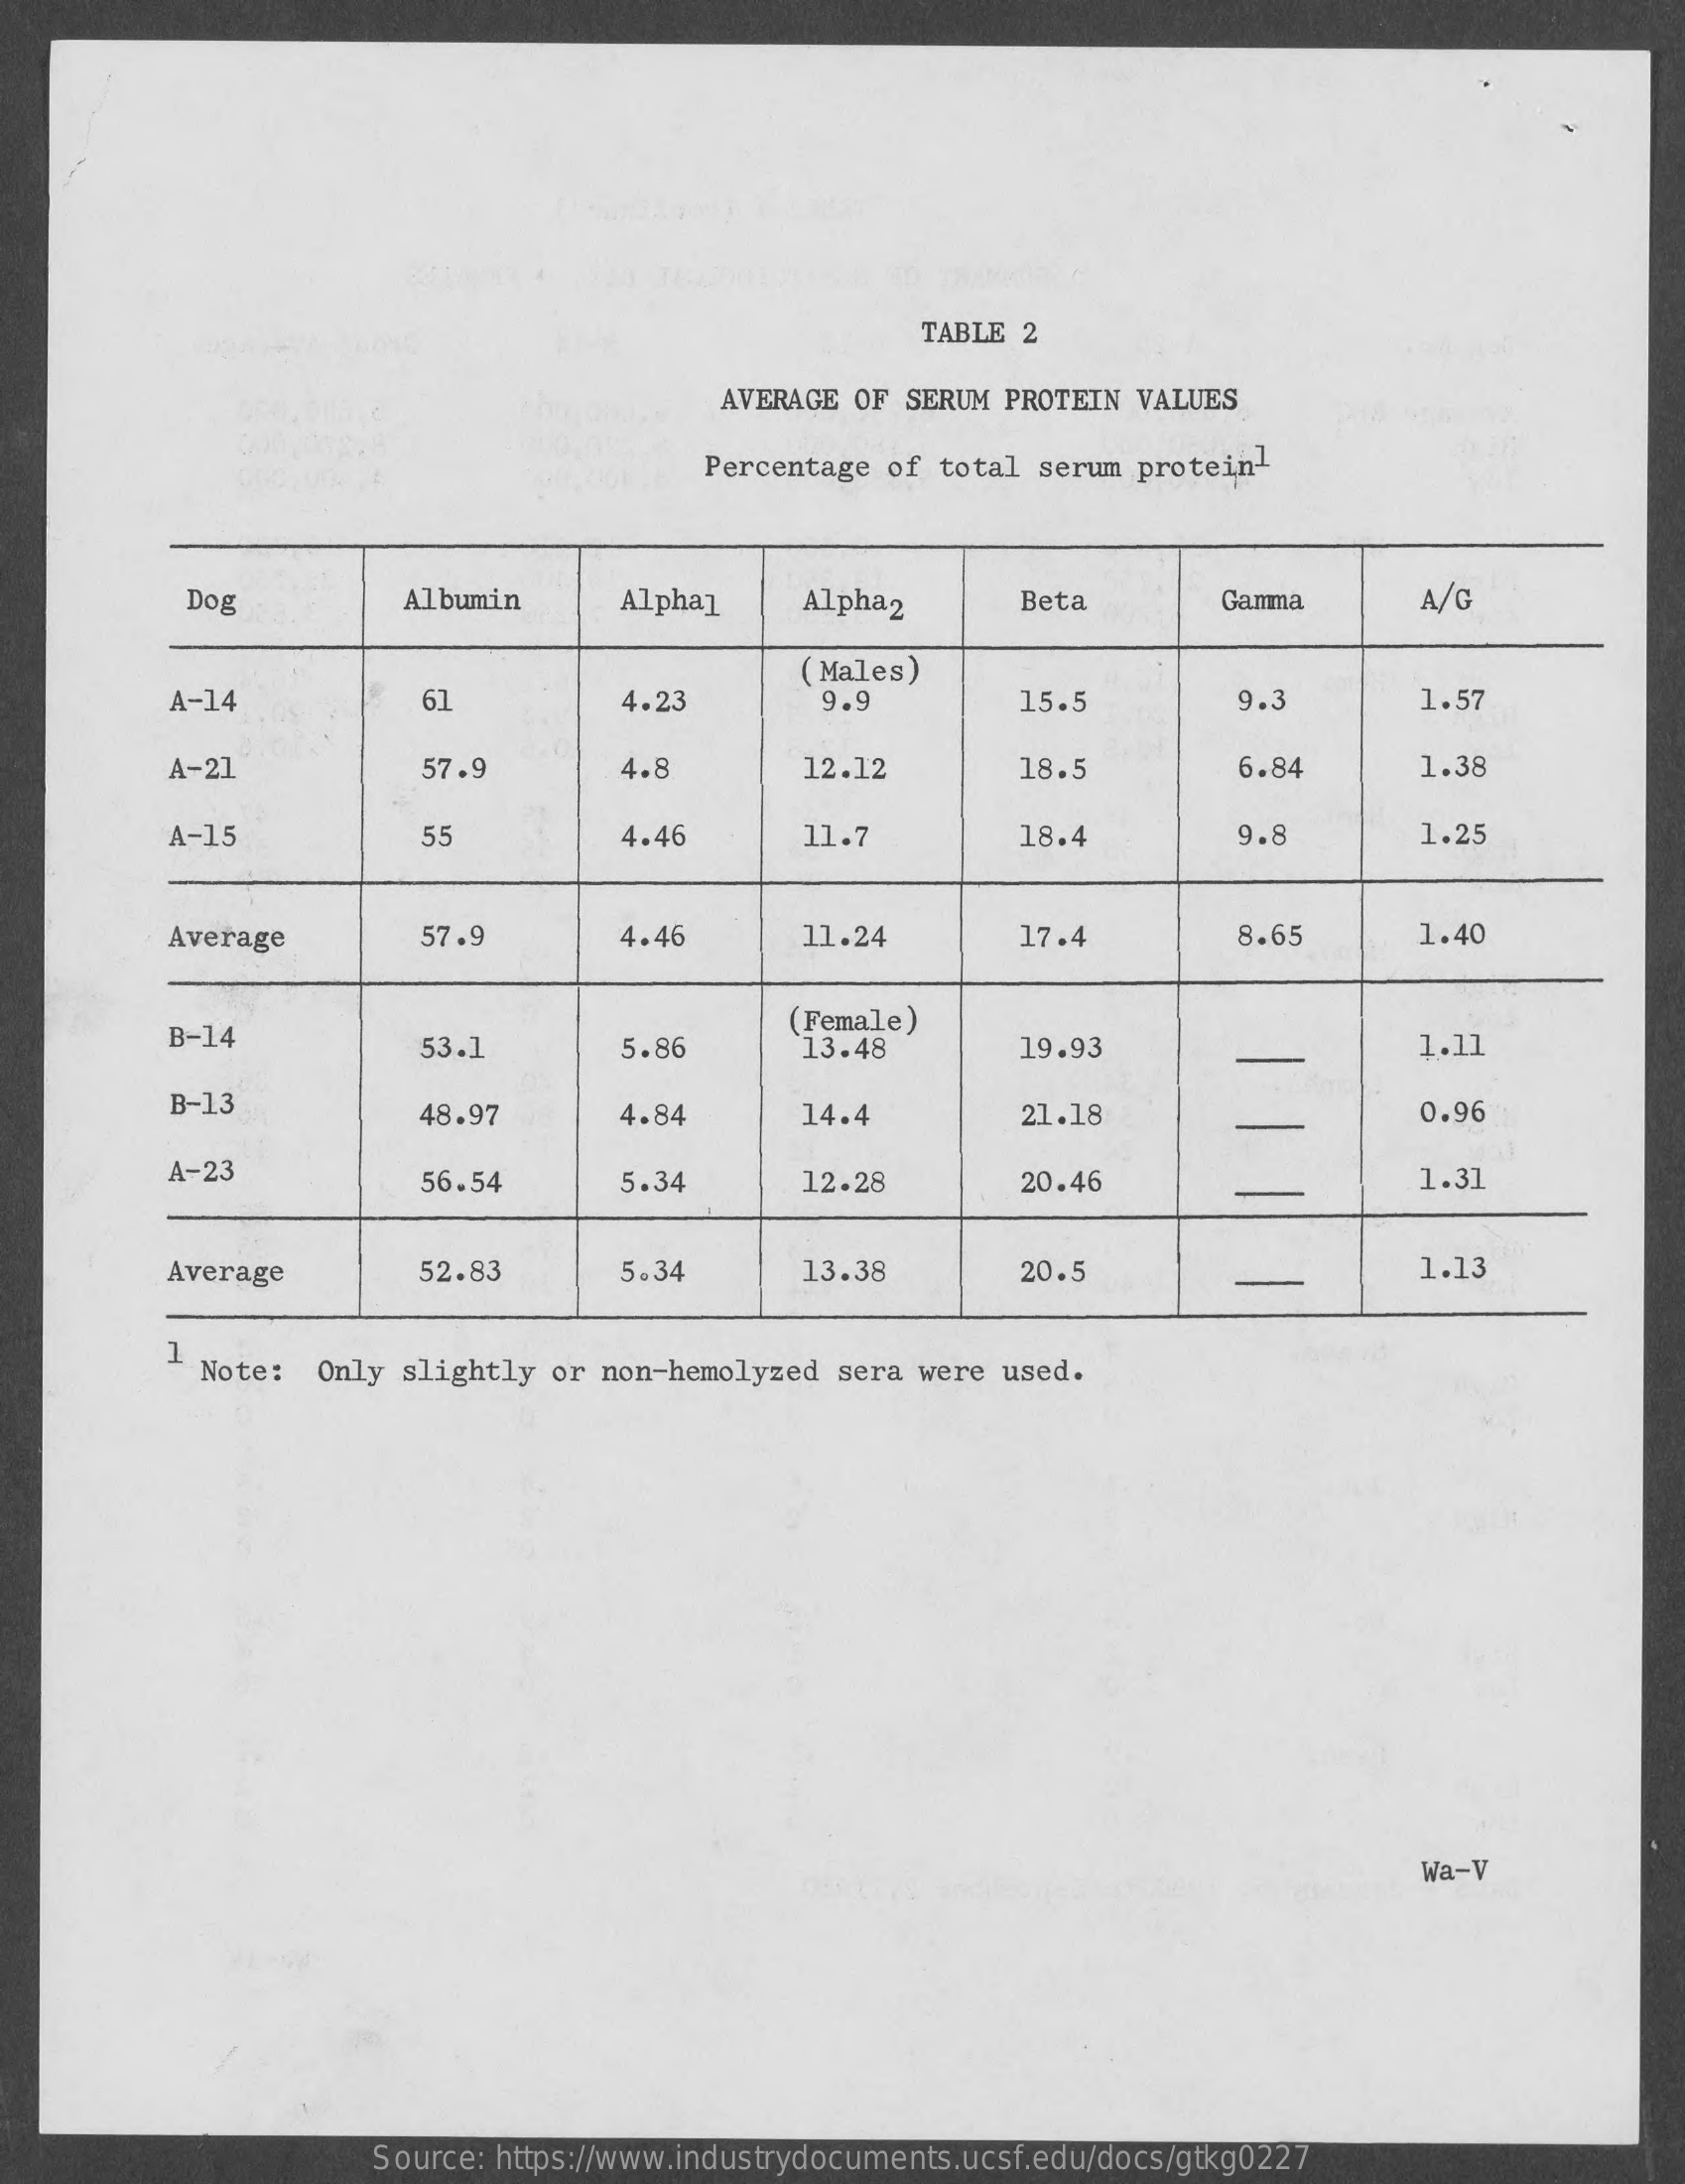
TABLE  2
     AVERAGE OF SERUM PROTEIN  VALUES
     Percentage of total  serum protein1
     Dos    Albumin    Alpha1    Alpha2    Beta    Gamma    A/C
     61    4.23
     ( Males)
     A-14    9.9    15.5    9.3    1.57
     A-21    57.9    4.8    12.12    18.5    6.84    1.38
     A-15    55    4.46    11.7    18.4    9.8    1.25
     Average    57.9    4.46    11.24    17.4    8.65    1.40
     B-14    53.1    5.86
     (Female)
     13.48    19.93    1.11
     B-13    48.97    4.84    14.4    21.18    0.96
     A-23    56.54    5.34    12.28    20.46    1.31
     Average    52.83    5.34    13.38    20.5    1.13
     1
     Note:  Only slightly  or non-hemolyzed  sera were used.
     Wa-V
     Source: https://www.industrydocuments.ucsf.edu/docs/gtkg0227